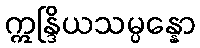
ဣန္ဒြိယသမ္ပန္နော